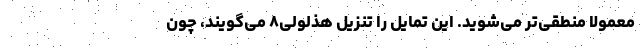
معمولاً منطقی‌تر می‌شوید. این تمایل را تنزیل هذلولی۸ می‌گویند، چون